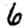
Digit: 6